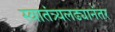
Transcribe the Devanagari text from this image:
स्वातंत्र्यलढ्यानंतर